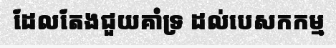
ដែលតែងជួយគាំទ្រ ដល់បេសកកម្ម